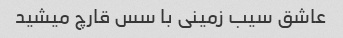
عاشق سیب زمینی با سس قارچ میشید